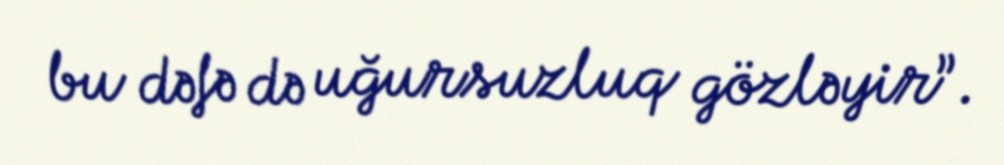
bu dəfə də uğursuzluq gözləyir”.